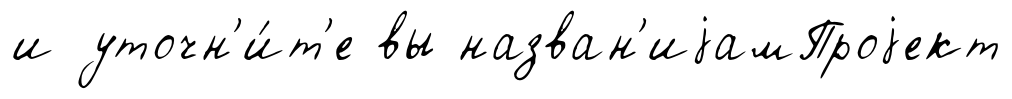
и уточн'и́т'е вы назван'иjамПроjект